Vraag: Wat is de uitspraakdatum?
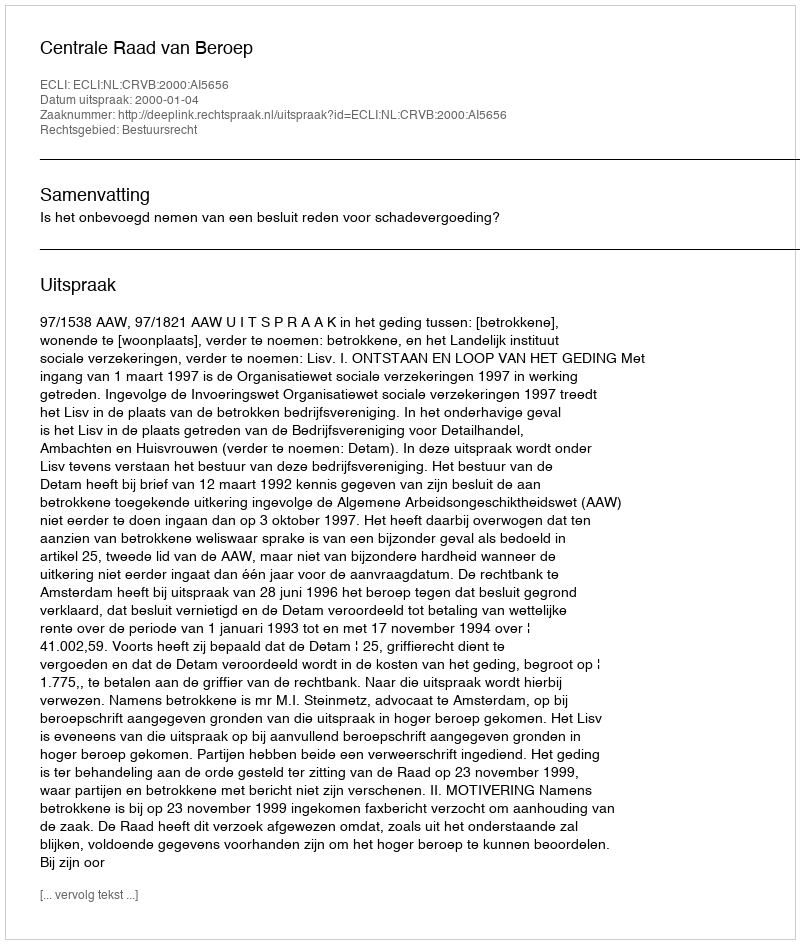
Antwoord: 2000-01-04